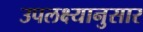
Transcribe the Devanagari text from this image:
उपलक्ष्यानुसार